Indian journal of veterinary science and animal husbandry - Volume 2,
Year: 1932
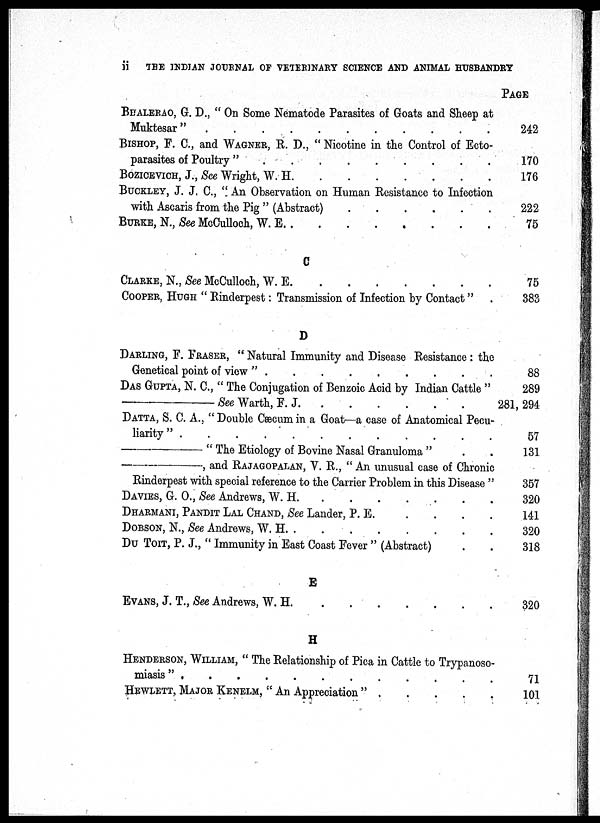
ii
THE INDIAN JOURNAL OF VETERINARY SCIENCE AND ANIMAL HUSBANDRY
BHALERAO, G. D., " On Some Nematode Parasites of Goats and Sheep at
Muktesar" . . . . . . . .
BISHOP, F. C., and WAGNER, R. D., " Nicotine in the Control of Ecto-
parasites of Poultry" . . . . . . . .
BOZICEVICH, J., See Wright, W. H.
.
.
.
.
.
.
BUCKLEY, J. J. C., " An Observation on Human Resistance to Infection
with Ascaris from the Pig " (Abstract) . . . . . . . .
BURKE, N., See McCulloch, W. E . . . . . . . .
PAGE
242
170
176
222
75
C
CLARKE, N., See McCulloch, W. E. . . . . . . . .
COOPER, HUGH "Rinderpest : Transmission of Infection by Contact" .
75
383
D
DARLING, F. FRASER, "Natural Immunity and Disease Resistance : the
Genetical point of view " . . . . . . . .
DAS GUPTA, N. C., " The Conjugation of Benzoic Acid by Indian Cattle "
—SeeWarth,F.J. . . . . . . . .
DATTA, S. C. A., " Double Cæcum in a Goat—a case of Anatomical Pecu-
liarity " . . . . . . . .
—"
The Etiology of Bovine Nasal Granuloma "
—,and
RAJAGOPALAN,
V. R., " An unusual case of Chronic
Rinderpest with special reference to the Carrier Problem in this Disease "
DAVIES, G, O., See Andrews, W. H. . . . . . . . .
DHARMANI, PANDIT LAL CHAND, See Lander, P. E. . . . . . . . .
DOBSON, N., See Andrews, W. H. .
DU TOIT, P. J., " Immunity in East Coast Fever " (Abstract) . .
88
289
281, 294
57
131
357
320
141
320
318
E
EVANS, J. T., See Andrews, W. H. . . . . . . . .
320
H
HENDERSON, WILLIAM, " The Relationship of Pica in Cattle to Trypanoso-
miasis " . . . . . . . .
HEWLETT, MAJOR KENELM, " An Appreciation " . . . . . . . .
71
101